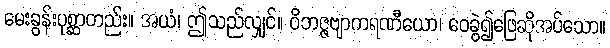
မေးခွန်းပုစ္ဆာတည်း။ အယံ၊ ဤသည်လျှင်။ ဝိဘဇ္ဇဗျာကရဏီယော၊ ဝေခွဲ၍ဖြေဆိုအပ်သော။